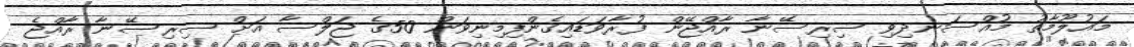
މައުލޫމާތު މުއްސަނދިވި ސިރިސޭނާ ރާއްޖޭން ފުރާވަޑައިގެންފިމިނިވަން 50ގެ ޖަލްސާ އަށް ސިރިސޭނާ ރާއްޖެ